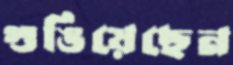
গুঙিয়েছেন